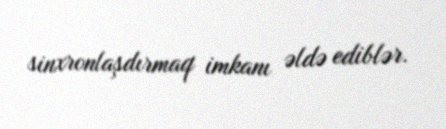
sinxronlaşdırmaq imkanı əldə ediblər.